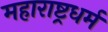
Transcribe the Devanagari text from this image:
महाराष्ट्रधर्म